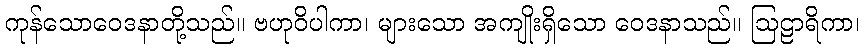
ကုန်သောဝေဒနာတို့သည်။ ဗဟုဝိပါကာ၊ များသော အကျိုးရှိသော ဝေဒနာသည်။ ဩဠာရိကာ၊